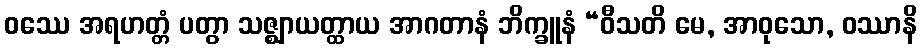
ဝဿေ အရဟတ္တံ ပတွာ သဇ္ဈာယတ္ထာယ အာဂတာနံ ဘိက္ခူနံ “ဝီသတိ မေ, အာဝုသော, ဝဿာနိ